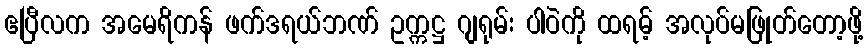
ဧပြီလက အမေရိကန် ဖက်ဒရယ်ဘဏ် ဥက္ကဋ္ဌ ဂျရုမ်း ပါဝဲကို ထရမ့် အလုပ်မဖြုတ်တော့ဖို့